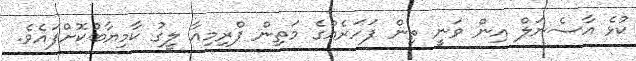
ކުޅެ އާސެނަލް އިން ވަނީ ތިން ފަހަރެއްގެ މަތިން ޕްރިމިއާ ލީގު ކާމިޔާބުކޮށްފައެވެ.